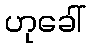
ဟုခေါ်